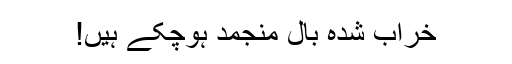
خراب شدہ بال منجمد ہوچکے ہیں!